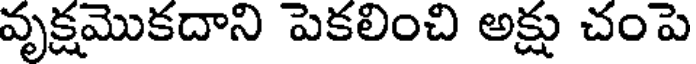
వృక్షమొకదాని పెకలించి అక్షు చంపె